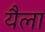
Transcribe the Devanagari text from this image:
यैला